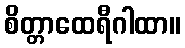
စိတ္တာထေရီဂါထာ။